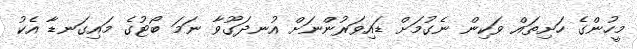
މީހުންގެ ހަށިތައް ވަކިން ނެގުމަށް ޑައިވަރުންނަށް އުނދަގޫވާ ނަމަ ބޯޓުގެ މައިގަނޑާ އެކު